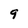
Character: 9